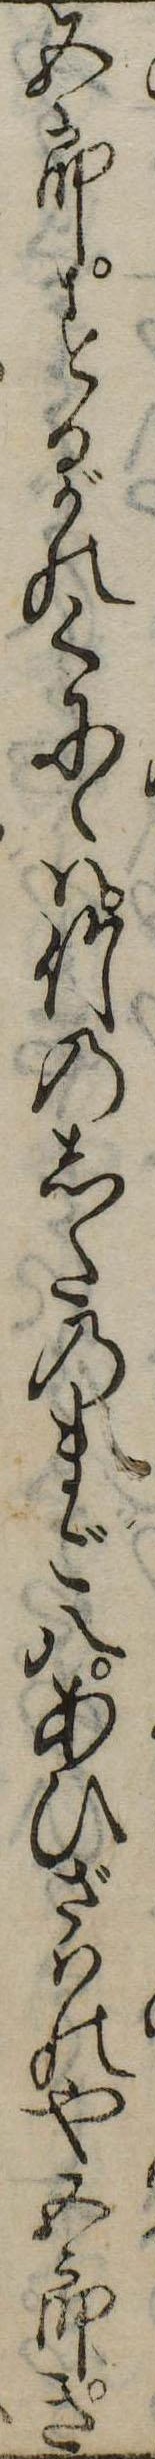
五郎するがのくにゝは竹のしたのまご八あひざはのや五郎き